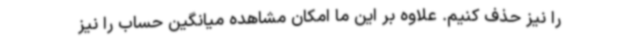
را نیز حذف کنیم. علاوه بر این ما امکان مشاهده میانگین حساب را نیز